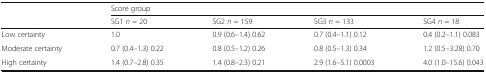
|  | <COLSPAN=4> Score group |
 |  | SG1 n = 20 | SG2 n = 159 | SG3 n = 133 | SG4 n = 18 |
 | --- | --- | --- | --- | --- |
 | Low certainty | 1.0 | 0.9 (0.6–1.4) 0.62 | 0.7 (0.4–1.1) 0.12 | 0.4 (0.2–1.1) 0.083 |
 | Moderate certainty | 0.7 (0.4–1.3) 0.22 | 0.8 (0.5–1.2) 0.26 | 0.8 (0.5–1.3) 0.34 | 1.2 (0.5–3.28) 0.70 |
 | High certainty | 1.4 (0.7–2.8) 0.35 | 1.4 (0.8–2.3) 0.21 | 2.9 (1.6–5.1) 0.0003 | 4.0 (1.0–15.6) 0.043 |